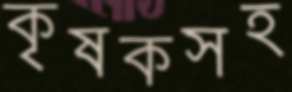
কৃষকসহ